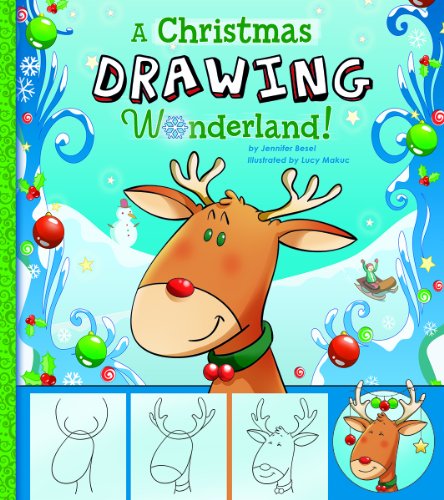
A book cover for A Christmas Drawing Wonderland! (Holiday Sketchbook); Jennifer M. Besel; Children's Books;